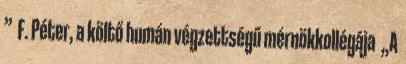
” F. Péter, a költő humán végzettségű mérnökkollégája „A